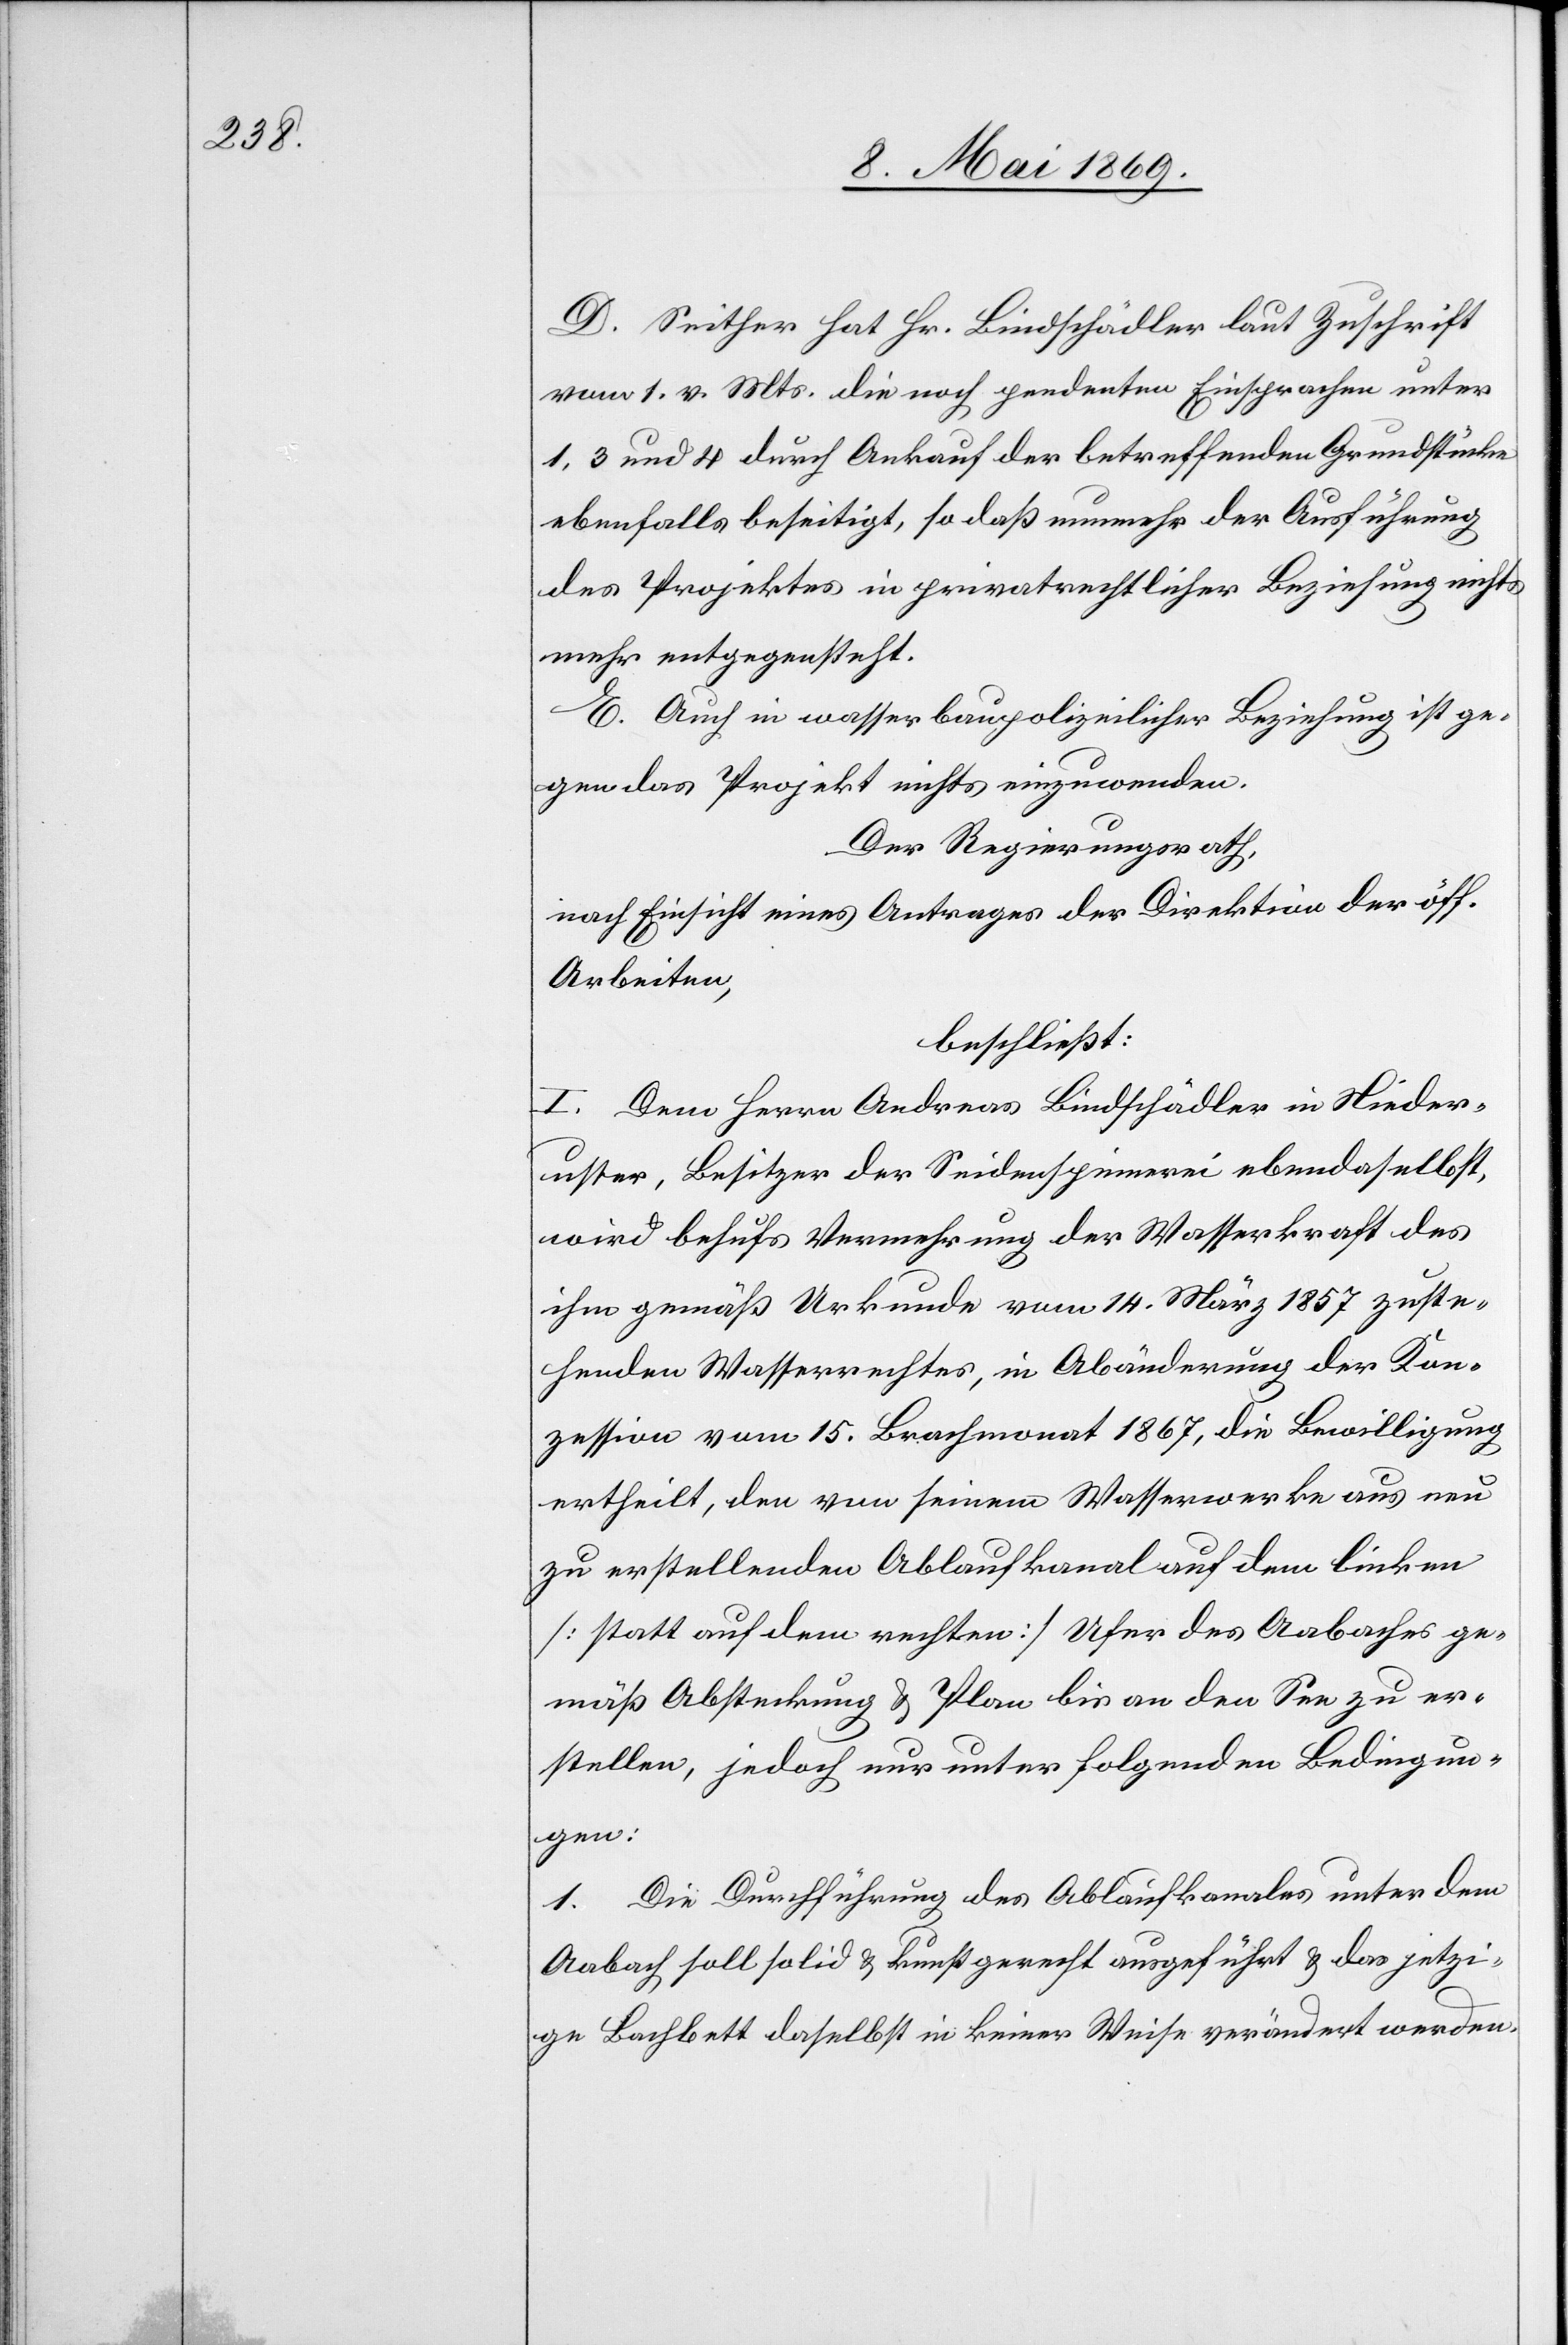
D. Seither hat Hr. Bindschädler laut Zuschrift
vom 1. v. Mts. die noch pendenten Einsprachen unter
1, 3 und 4 durch Ankauf der betreffenden Grundstücke
ebenfalls beseitigt, so daß nunmehr der Ausführung
des Projektes in privatrechtlicher Beziehung nichts
mehr entgegensteht.
E. Auch in wasserbaupolizeilicher Beziehung ist ge¬
gen das Projekt nichts einzuwenden.
Der Regierungsrath,
nach Einsicht eines Antrages der Direktion der öff.
Arbeiten,
beschließt:
I. Dem Herrn Andreas Bindschädler in Nieder¬
uster, Besitzer der Seidenspinnerei ebendaselbst,
wird behufs Vermehrung der Wasserkraft des
ihm gemäß Urkunde vom 14. März 1857 zuste¬
henden Wasserrechtes, in Abänderung der Kon¬
zession vom 15. Brachmonat 1867, die Bewilligung
ertheilt, den von seinem Wasserwerke aus neu
zu erstellenden Ablaufkanal auf dem linken
[statt dem rechten] Ufer des Aabaches ge¬
mäß Absteckung u. Plan bis an den See zu er¬
stellen, jedoch nur unter folgenden Bedingun¬
gen:
1. Die Durchführung des Ablaufkanales unter dem
Aabach soll solid u. kunstgerecht ausgeführt u. das jetzi¬
ge Bachbett daselbst in keiner Weise verändert werden.